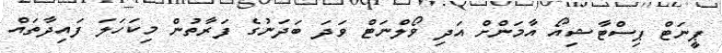
ޕީނަޓް ޕިސްޓާޝިއޯ އާމަންށް އަދި ވޯލްނަޓް ވަދަ ބަދަނުގެ ފަރާތުން މިކަހަލަ ފައިދާތައް